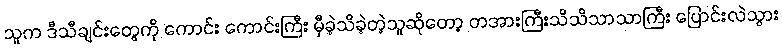
သူက ဒီသီချင်းတွေကို ကောင်း ကောင်းကြီး မှီခဲ့သိခဲ့တဲ့သူဆိုတော့ တအားကြီးသိသိသာသာကြီး ပြောင်းလဲသွား